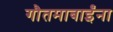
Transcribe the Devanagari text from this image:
गौतमाबाईंना